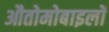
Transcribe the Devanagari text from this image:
औतोमोबाइलों